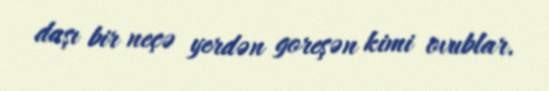
daşı bir neçə yerdən goreşən kimi ovublar.